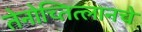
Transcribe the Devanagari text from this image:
तेनोच्तित्लानचे